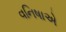
વનિષાએ